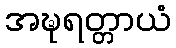
အဍ္ဎရတ္တာယံ